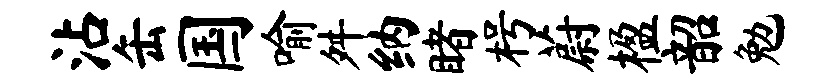
沾缶国喻舛纳睹枵蔚楹韶勉